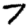
Digit: 7